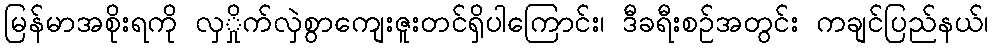
မြန်မာအစိုးရကို လှှိုက်လှဲစွာကျေးဇူးတင်ရှိပါကြောင်း၊ ဒီခရီးစဉ်အတွင်း ကချင်ပြည်နယ်၊